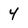
Character: 4